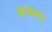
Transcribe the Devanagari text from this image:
श्रन्खला